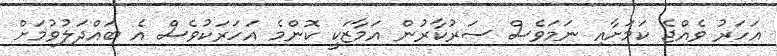
އަހަރު ވެއްޖެ ކަމަށާއި ނަމަވެސް ސަރުކާރުން އަމާޒަކީ ކޮންމެ އަހަރަކުވެސް އެ ބައްދަލުވުމަށް